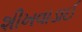
શીખવાડાઈ